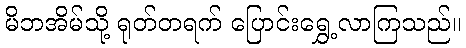
မိဘအိမ်သို့ ရုတ်တရက် ပြောင်းရွှေ့လာကြသည်။